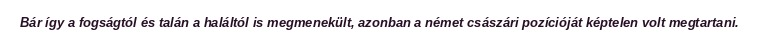
Bár így a fogságtól és talán a haláltól is megmenekült, azonban a német császári pozícióját képtelen volt megtartani.